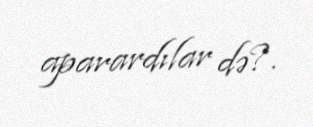
aparardılar də?.